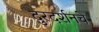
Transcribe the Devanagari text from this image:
दुरदर्शनचे